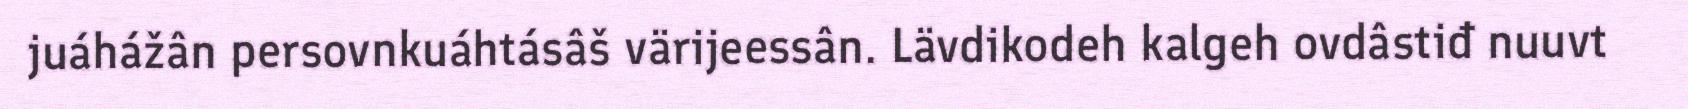
juáhážân persovnkuáhtásâš värijeessân. Lävdikodeh kalgeh ovdâstiđ nuuvt